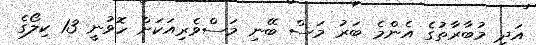
އަދި މުބާރާތުގެ އެންމެ ބަރު މަސް ބޭނި މަސްވެރިއަކަށް ހޮވުނީ 13 ކިލޯގެ